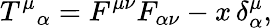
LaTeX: T^{\mu}{}_{\alpha}=F^{\mu\nu}F_{\alpha\nu}-x\, \delta_{\alpha}^{\mu},